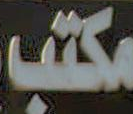
مكتب